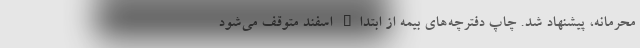
محرمانه، پیشنهاد شد. چاپ دفترچه‌های بیمه از ابتداء اسفند متوقف می‌شود